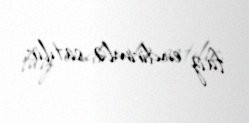
faiz endirimlə satılır.